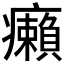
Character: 癩